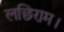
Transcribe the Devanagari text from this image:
लछिराम।